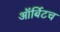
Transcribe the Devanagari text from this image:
ऑर्बिटच